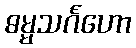
ဓမ္မသင်္ဂဟော